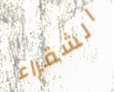
الشقراء